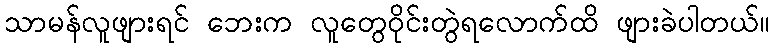
သာမန်လူဖျားရင် ဘေးက လူတွေဝိုင်းတွဲရလောက်ထိ ဖျားခဲပါတယ်။